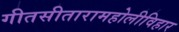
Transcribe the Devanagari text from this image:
गीतसीतारामहोलीविहार